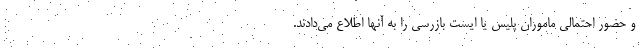
و حضور احتمالی ماموران پلیس یا ایست بازرسی را به آنها اطلاع می‌دادند.